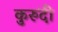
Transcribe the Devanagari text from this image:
कुरुंदी